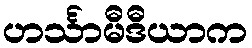
ဟင်္သာမီဒီယာက